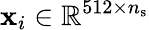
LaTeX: \mathbf{x}_{i}\in\mathbb{R}^{512\times n_{\mathrm{s}}}